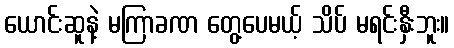
ယောင်းဆူနဲ့ မကြာခဏ တွေ့ပေမယ့် သိပ် မရင်းနှီးဘူး။